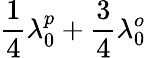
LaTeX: \frac{1}{4}\lambda_{0}^{p}+\frac{3}{4}\lambda_{0}^{o}